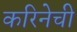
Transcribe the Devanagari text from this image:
करिनेची